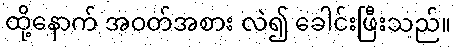
ထို့နောက် အဝတ်အစား လဲ၍ ခေါင်းဖြီးသည်။